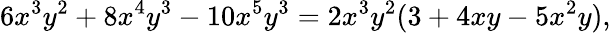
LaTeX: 6x^{3}y^{2}+8x^{4}y^{3}-10x^{5}y^{3}=2x^{3}y^{2}(3+4xy-5x^{2}y),